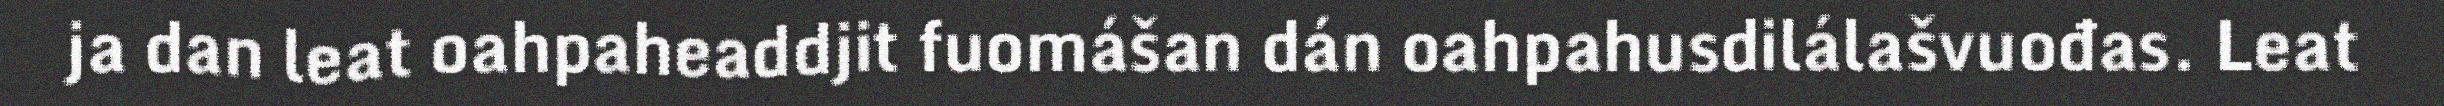
ja dan leat oahpaheaddjit fuomášan dán oahpahusdilálašvuođas. Leat